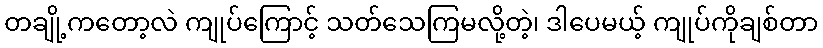
တချို့ကတော့လဲ ကျုပ်ကြောင့် သတ်သေကြမလို့တဲ့၊ ဒါပေမယ့် ကျုပ်ကိုချစ်တာ